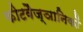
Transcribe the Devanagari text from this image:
कीटवैज्ञानिकों